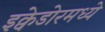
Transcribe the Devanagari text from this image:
इक्वेडोरमध्ये